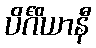
ပိင်္ဂိယာနီ